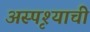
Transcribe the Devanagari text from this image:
अस्पृश्याची